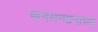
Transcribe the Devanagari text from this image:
मानसन्मानाच्या